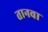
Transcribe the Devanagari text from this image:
तानवा